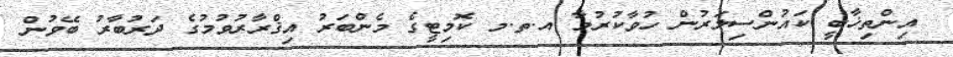
އިންތިޚާބީ ކައުންސިލަރުން ހުވާކުރުމާ އ.ތ.މ ކޮމިޓީގެ މެންބަރު އިޤްރާރުވުމުގެ ދަރުބާރު ބޭވުން